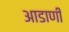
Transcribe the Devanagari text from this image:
आडाणी